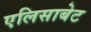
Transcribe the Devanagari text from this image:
एलिसाबेट